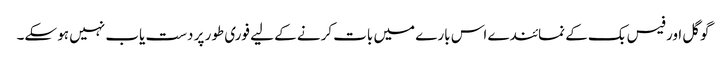
گوگل اور فیس بک کے نمائندے اس بارے میں بات کرنے کے لیے فوری طور پر دست یاب نہیں ہو سکے۔